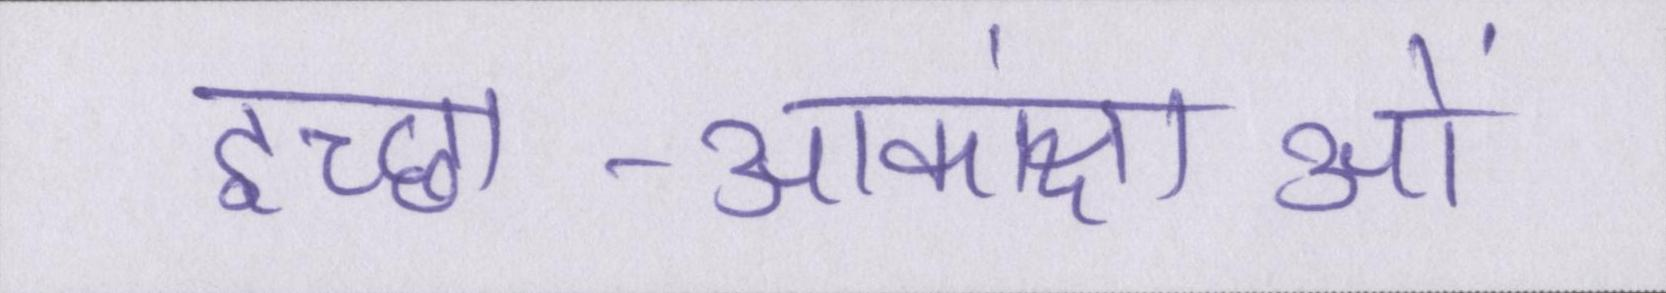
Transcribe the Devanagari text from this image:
इच्छा-आकांक्षाओं